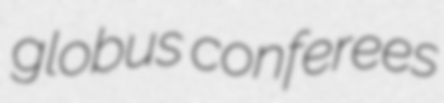
globus conferees